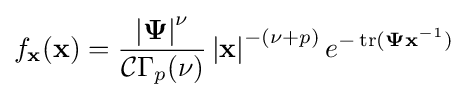
f_{\mathbf {x} }(\mathbf {x} )={\frac {\left|\mathbf {\Psi } \right|^{\nu }}{{\mathcal {C}}\Gamma _{p}(\nu )}}\left|\mathbf {x} \right|^{-(\nu +p)}e^{-\operatorname {tr} (\mathbf {\Psi } \mathbf {x} ^{-1})}